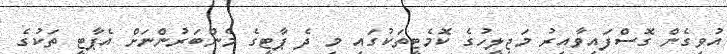
އުވިގެން ގޮސްފައިވާއިރު މަޖިލީހުގެ ކޮމެޓީތަކުގައި މި ދެ ޕާޓީގެ މެންބަރުންނަށް އެޕާޓީ ތަކުގެ